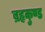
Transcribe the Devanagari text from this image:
ब्रहृकुण्ड